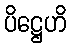
ပိဋ္ဌေဟိ